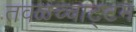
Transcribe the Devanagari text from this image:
तवळच्चाट्टम